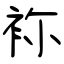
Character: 袮